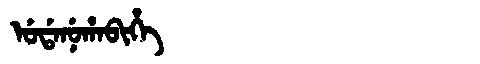
Manchu: ᡠᡩᠠᠨᡠᡥᠠᠪᡳᡥᡝ
Romanization: UDANUHABIHE